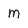
Character: M